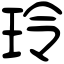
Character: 玲